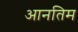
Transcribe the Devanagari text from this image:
आनतिम